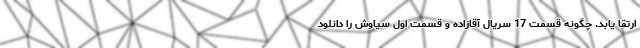
ارتقا یابد. چگونه قسمت 17 سریال آقازاده و قسمت اول سیاوش را دانلود